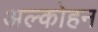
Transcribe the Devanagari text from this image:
अल्कोहन